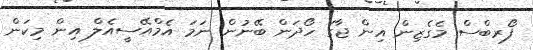
ފޯރބްސް މެގެޒިން އިން ޖާގަ ހޯދަން ބޭނުން ނަމަ އެމްއޭސީއެލް އިން މިކަން